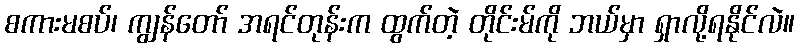
စကားမစပ်၊ ကျွန်တော် အရင်တုန်းက ထွက်တဲ့ တိုင်းမ်ကို ဘယ်မှာ ရှာလို့ရနိုင်လဲ။